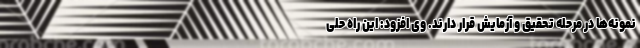
نمونه‌ها در مرحله تحقیق و آزمایش قرار دارند. وی افزود: این راه حلی